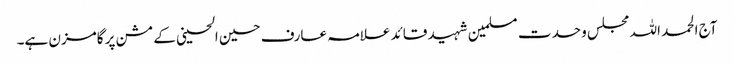
آج الحمد اللہ مجلس وحدت مسلمین شہید قائد علامہ عارف حسین الحسینی کے مشن پر گامزن ہے۔